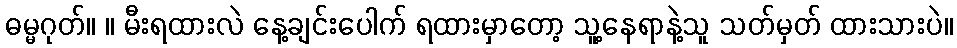
ဓမ္မဂုတ်။ ။ မီးရထားလဲ နေ့ချင်းပေါက် ရထားမှာတော့ သူ့နေရာနဲ့သူ သတ်မှတ် ထားသားပဲ။